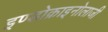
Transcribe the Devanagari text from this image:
इण्डोक्राइनोलाजी